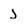
Character: J